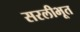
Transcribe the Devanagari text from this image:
सरलीभूत